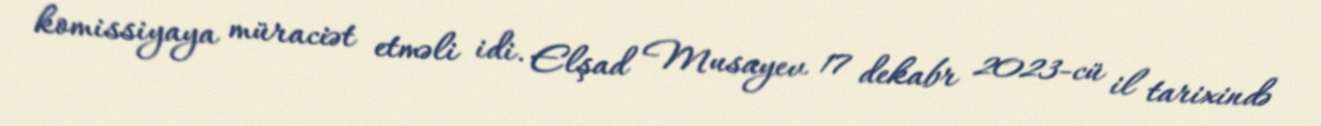
komissiyaya müraciət etməli idi. Elşad Musayev 17 dekabr 2023-cü il tarixində